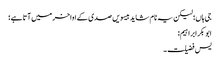
جی ہاں؛ لیکن یہ نام شاید بیسویں صدی کے اواخر میں آتا ہے؛
ابوبکر ابراہیم:
یس فضیلت۔